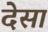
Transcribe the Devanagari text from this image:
देसा